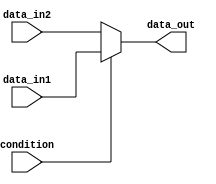
module ternary_operator_example (
    input wire condition,
    input wire data_in1,
    input wire data_in2,
    output reg data_out
);

always @* begin
    data_out = condition ? data_in1 : data_in2;
end

endmodule